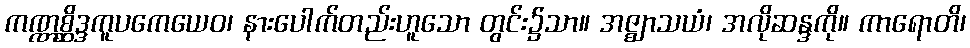
ကဏ္ဏစ္ဆိဒ္ဒကူပကေယေဝ၊ နားပေါက်တည်းဟူသော တွင်း၌သာ။ အဇ္ဈာသယံ၊ အလိုဆန္ဒကို။ ကာရောတိ၊